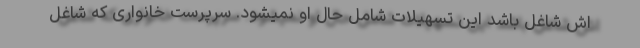
اش شاغل باشد این تسهیلات شامل حال او نمیشود. سرپرست خانواری که شاغل